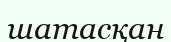
шатасқан